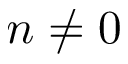
n \neq 0